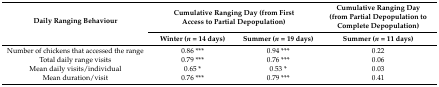
<table><thead><tr><td rowspan="2"><b>Daily Ranging Behaviour</b></td><td colspan="2"><b>Cumulative Ranging Day (from First Access to Partial Depopulation)</b></td><td><b>Cumulative Ranging Day (from Partial Depopulation to Complete Depopulation)</b></td></tr><tr><td><b>Winter (<i>n</i> = 14 days)</b></td><td><b>Summer (<i>n</i> = 19 days)</b></td><td><b>Summer (<i>n</i> = 11 days)</b></td></tr></thead><tbody><tr><td>Number of chickens that accessed the range</td><td>0.86 ***</td><td>0.94 ***</td><td>0.22</td></tr><tr><td>Total daily range visits</td><td>0.79 ***</td><td>0.76 ***</td><td>0.06</td></tr><tr><td>Mean daily visits/individual</td><td>0.65 *</td><td>0.53 *</td><td>0.03</td></tr><tr><td>Mean duration/visit</td><td>0.76 ***</td><td>0.79 ***</td><td>0.41</td></tr></tbody></table>